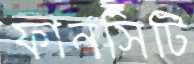
ফানসিটি